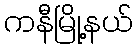
ကနီမြို့နယ်